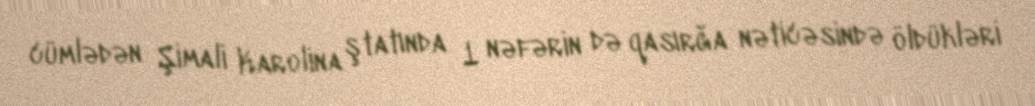
cümlədən Şimali Karolina ştatında 1 nəfərin də qasırğa nəticəsində öldükləri